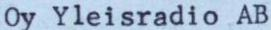
Oy Yleisradio AB